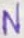
Text: N